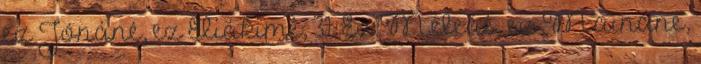
ez Jónáné, ez Eliákimé, 31. Ez Méleáé, ez Maináné,